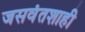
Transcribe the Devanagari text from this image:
जसवंतशाही